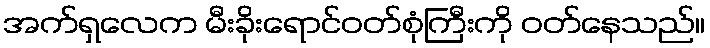
အက်ရှလေက မီးခိုးရောင်ဝတ်စုံကြီးကို ဝတ်နေသည်။